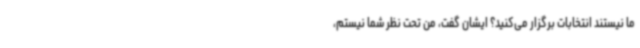
ما نیستند انتخابات برگزار می‌کنید؟ ایشان گفت، من تحت نظر شما نیستم،